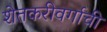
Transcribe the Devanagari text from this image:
शेतकरीवर्गाची